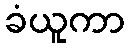
ခံယူကာ